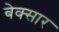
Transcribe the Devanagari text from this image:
बेक्सार